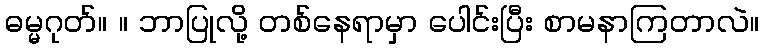
ဓမ္မဂုတ်။ ။ ဘာပြုလို့ တစ်နေရာမှာ ပေါင်းပြီး စာမနာကြတာလဲ။